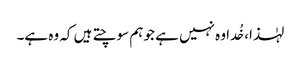
لہٰذا، خُدا وہ نہیں ہے جو ہم سوچتے ہیں کہ وہ ہے۔